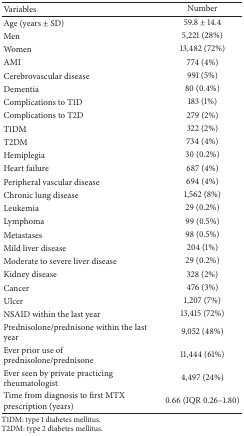
| Variables | Number |
 | --- | --- |
 | Age (years ± SD) | 59.8 ± 14.4 |
 | Men | 5,221 (28%) |
 | Women | 13,482 (72%) |
 | AMI | 774 (4%) |
 | Cerebrovascular disease | 991 (5%) |
 | Dementia | 80 (0.4%) |
 | Complications to T1D | 183 (1%) |
 | Complications to T2D | 279 (2%) |
 | T1DM | 322 (2%) |
 | T2DM | 734 (4%) |
 | Hemiplegia | 30 (0.2%) |
 | Heart failure | 687 (4%) |
 | Peripheral vascular disease | 694 (4%) |
 | Chronic lung disease | 1,562 (8%) |
 | Leukemia | 29 (0.2%) |
 | Lymphoma | 99 (0.5%) |
 | Metastases | 98 (0.5%) |
 | Mild liver disease | 204 (1%) |
 | Moderate to severe liver disease | 29 (0.2%) |
 | Kidney disease | 328 (2%) |
 | Cancer | 476 (3%) |
 | Ulcer | 1,207 (7%) |
 | NSAID within the last year | 13,415 (72%) |
 | Prednisolone/prednisone within the last year | 9,052 (48%) |
 | Ever prior use of prednisolone/prednisone | 11,444 (61%) |
 | Ever seen by private practicing rheumatologist | 4,497 (24%) |
 | Time from diagnosis to first MTX prescription (years) | 0.66 (IQR 0.26–1.80) |